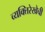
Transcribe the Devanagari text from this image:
व्यक्तिरेखेची